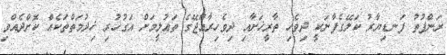
ރަންފުތު ފަނޑިޔާރު ކަލޭގެފާނަކީ ދިވެހި ތާރީޚަށާއި ދިވެހިރާއްޖޭގެ ތަޢުލީމަށް އަގުހުރި ޚިދުމަތްތަކެއް ކޮށްދެއްވި